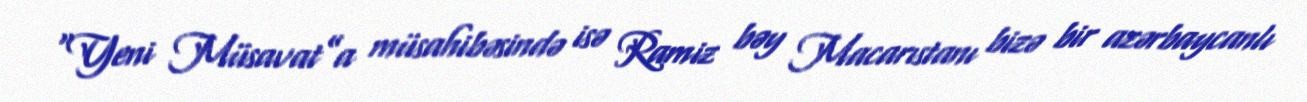
“Yeni Müsavat”a müsahibəsində isə Ramiz bəy Macarıstanı bizə bir azərbaycanlı